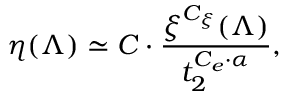
\eta ( \Lambda ) \simeq C \cdot \frac { \xi ^ { C _ { \xi } } ( \Lambda ) } { t _ { 2 } ^ { C _ { e } \cdot \alpha } } ,